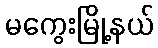
မကွေးမြို့နယ်